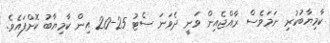
ކާމިޔާބުކުރި ނަމަވެސް ރާއްޖެއިން ވަނީ ދެވަނަ ސެޓު 25-20 އިން ކާމިޔާބު ކޮށްފައެވެ.